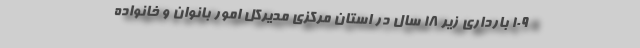
۱۰۹ بارداری زیر ۱۸ سال در استان مرکزی مدیرکل امور بانوان و خانواده